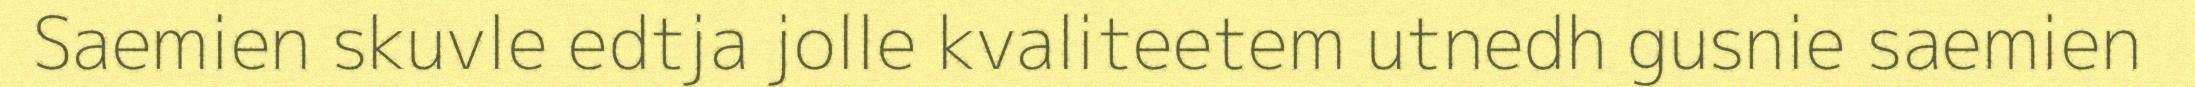
Saemien skuvle edtja jolle kvaliteetem utnedh gusnie saemien